Indian journal of veterinary science and animal husbandry - Volume 5,
Year: 1935
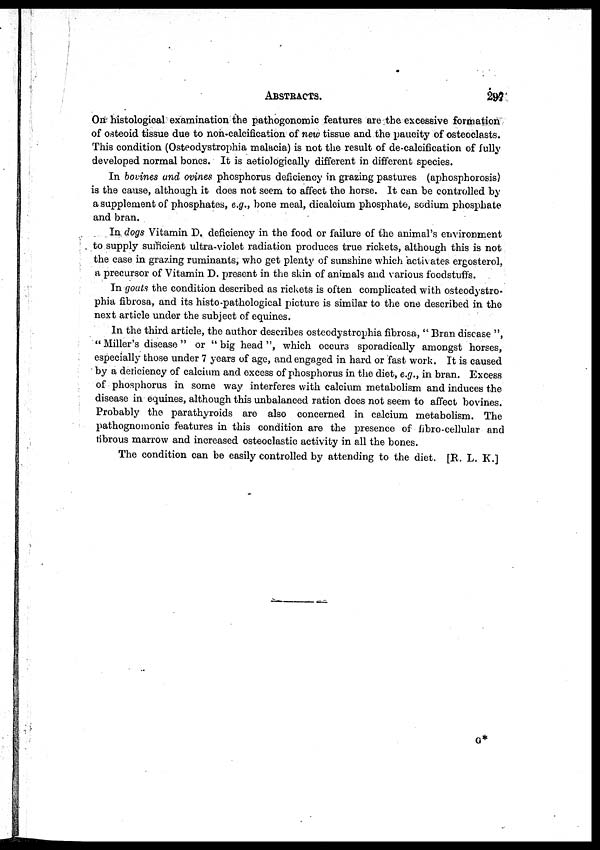
ABSTRACTS.
297
On histological examination the pathogonomic features are the excessive formation
of osteoid tissue due to non-calcification of new tissue and the paucity of osteoclasts.
This condition (Osteodystrophia malacia) is not the result of de-calcification of fully
developed normal bones. It is aetiologically different in different species.
In bovines and ovines phosphorus deficiency in grazing pastures (aphosphorosis)
is the cause, although it does not seem to affect the horse. It can be controlled by
a supplement of phosphates, e.g., bone meal, dicalcium phosphate, sodium phosphate
and bran.
In dogs Vitamin D. deficiency in the food or failure of the animal's environment
to supply sufficient ultra-violet radiation produces true rickets, although this is not
the case in grazing ruminants, who get plenty of sunshine which activates ergosterol,
a precursor of Vitamin D. present in the skin of animals and various foodstuffs.
In goats the condition described as rickets is often complicated with osteodystro-
phia fibrosa, and its histo-pathological picture is similar to the one described in the
next article under the subject of equines.
In the third article, the author describes osteodystrophia fibrosa, " Bran disease ",
" Miller's disease " or " big head ", which occurs sporadically amongst horses,
especially those under 7 years of age, and engaged in hard or fast work. It is caused
by a deficiency of calcium and excess of phosphorus in the diet, e.g., in bran. Excess
of phosphorus in some way interferes with calcium metabolism and induces the
disease in equines, although this unbalanced ration does not seem to affect bovines.
Probably the parathyroids are also concerned in calcium metabolism. The
pathognomonic features in this condition are the presence of fibro-cellular and
fibrous marrow and increased osteoclastic activity in all the bones.
The condition can be easily controlled by attending to the diet. [R. L. K.]
G*